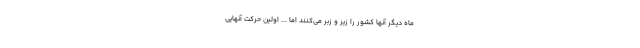
ماه دیگر آنها کشور را زیر و زبر می‌کنند اما ... اولین حرکت آنهایی